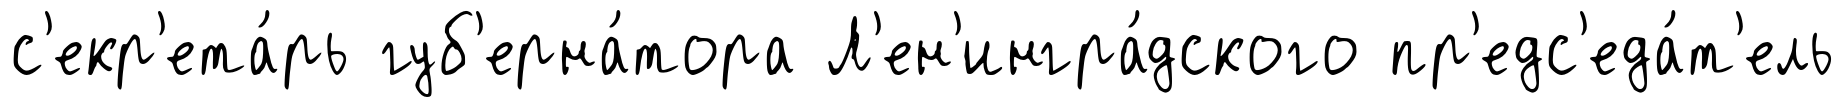
с'екр'ета́рь губ'ерна́тора Л'ен'ингра́дского пр'едс'еда́т'ель